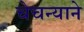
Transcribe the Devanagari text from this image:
चेचन्याने